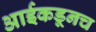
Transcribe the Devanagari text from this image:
आईकडूनच